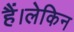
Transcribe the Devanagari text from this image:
हैं।लेकिन